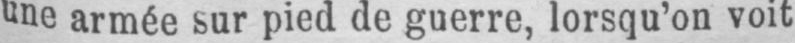
une armée sur pied de guerre, lorsqu’on voit